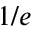
1 / e